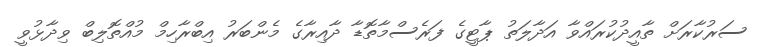
ސަރުކާރަށް ތާއީދުކުރައްވާ އަދާލަތު ޕާޓީގެ ފަރެސްމާތޮޑާ ދާއިރާގެ މެންބަރު އިބްރާހިމް މުއްތޮލިބް ވިދާޅުވީ